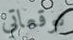
توقعاتي